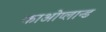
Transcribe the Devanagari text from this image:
काओप्लान्ड